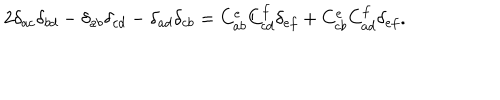
2 \delta _ { a c } \delta _ { b d } - \delta _ { a b } \delta _ { c d } - \delta _ { a d } \delta _ { c b } = C _ { a b } ^ { e } C _ { c d } ^ { f } \delta _ { e f } + C _ { c b } ^ { e } C _ { a d } ^ { f } \delta _ { e f } .